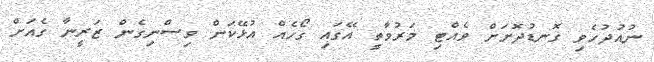
ނުއުދުހެވި ގޮނޑުދޮށަށް ވެއްޓި މަރުވާތީ އޭގައި ގޯހެއް އުޅޭކަން ވިސްނިގެން ޒަރީނާ ގެއަށް